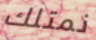
نمتلك